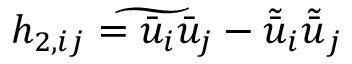
h _ { 2 , i j } = \widetilde { \bar { u } _ { i } \bar { u } _ { j } } - \tilde { \bar { u } } _ { i } \tilde { \bar { u } } _ { j }